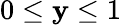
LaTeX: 0\le\mathbf{y}\le1